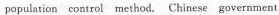
population control method, Chinese government